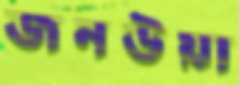
জনউয়া